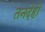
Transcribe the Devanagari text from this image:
तनदेही